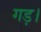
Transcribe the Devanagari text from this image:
गड़।